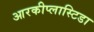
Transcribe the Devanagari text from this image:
आरकीप्लास्टिडा